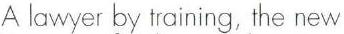
A lawyer by training, the new